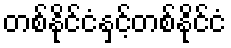
တစ်နိုင်ငံနှင့်တစ်နိုင်ငံ